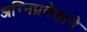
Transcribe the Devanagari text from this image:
अग्‍निप्रवेशाने